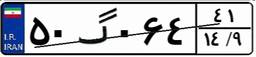
۵۰گ۰۶۴۴۱